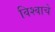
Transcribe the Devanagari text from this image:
विश्‍वाचे